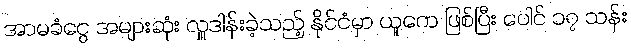
အာမခံငွေ အများဆုံး လှူဒါန်းခဲ့သည့် နိုင်ငံမှာ ယူကေ ဖြစ်ပြီး ပေါင် ၁၇ သန်း